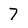
Character: 7